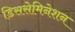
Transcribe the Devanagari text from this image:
डिससेमिनेशन